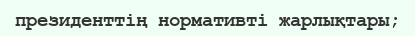
президенттің нормативті жарлықтары;